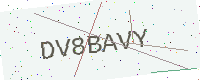
Text: DV8BAVY